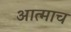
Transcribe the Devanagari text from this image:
आत्माच